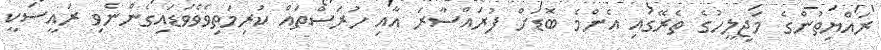
ރައްޔިތުންގެ މަޖިލީހުގެ ތެރޭގައި އެންމެ ބޮޑަށް ފުރައްސާރަ އާއި ހުރަސްތައް ކުރިމަތިވެވެވަޑައިގެންނެވި ރައީސަކީ